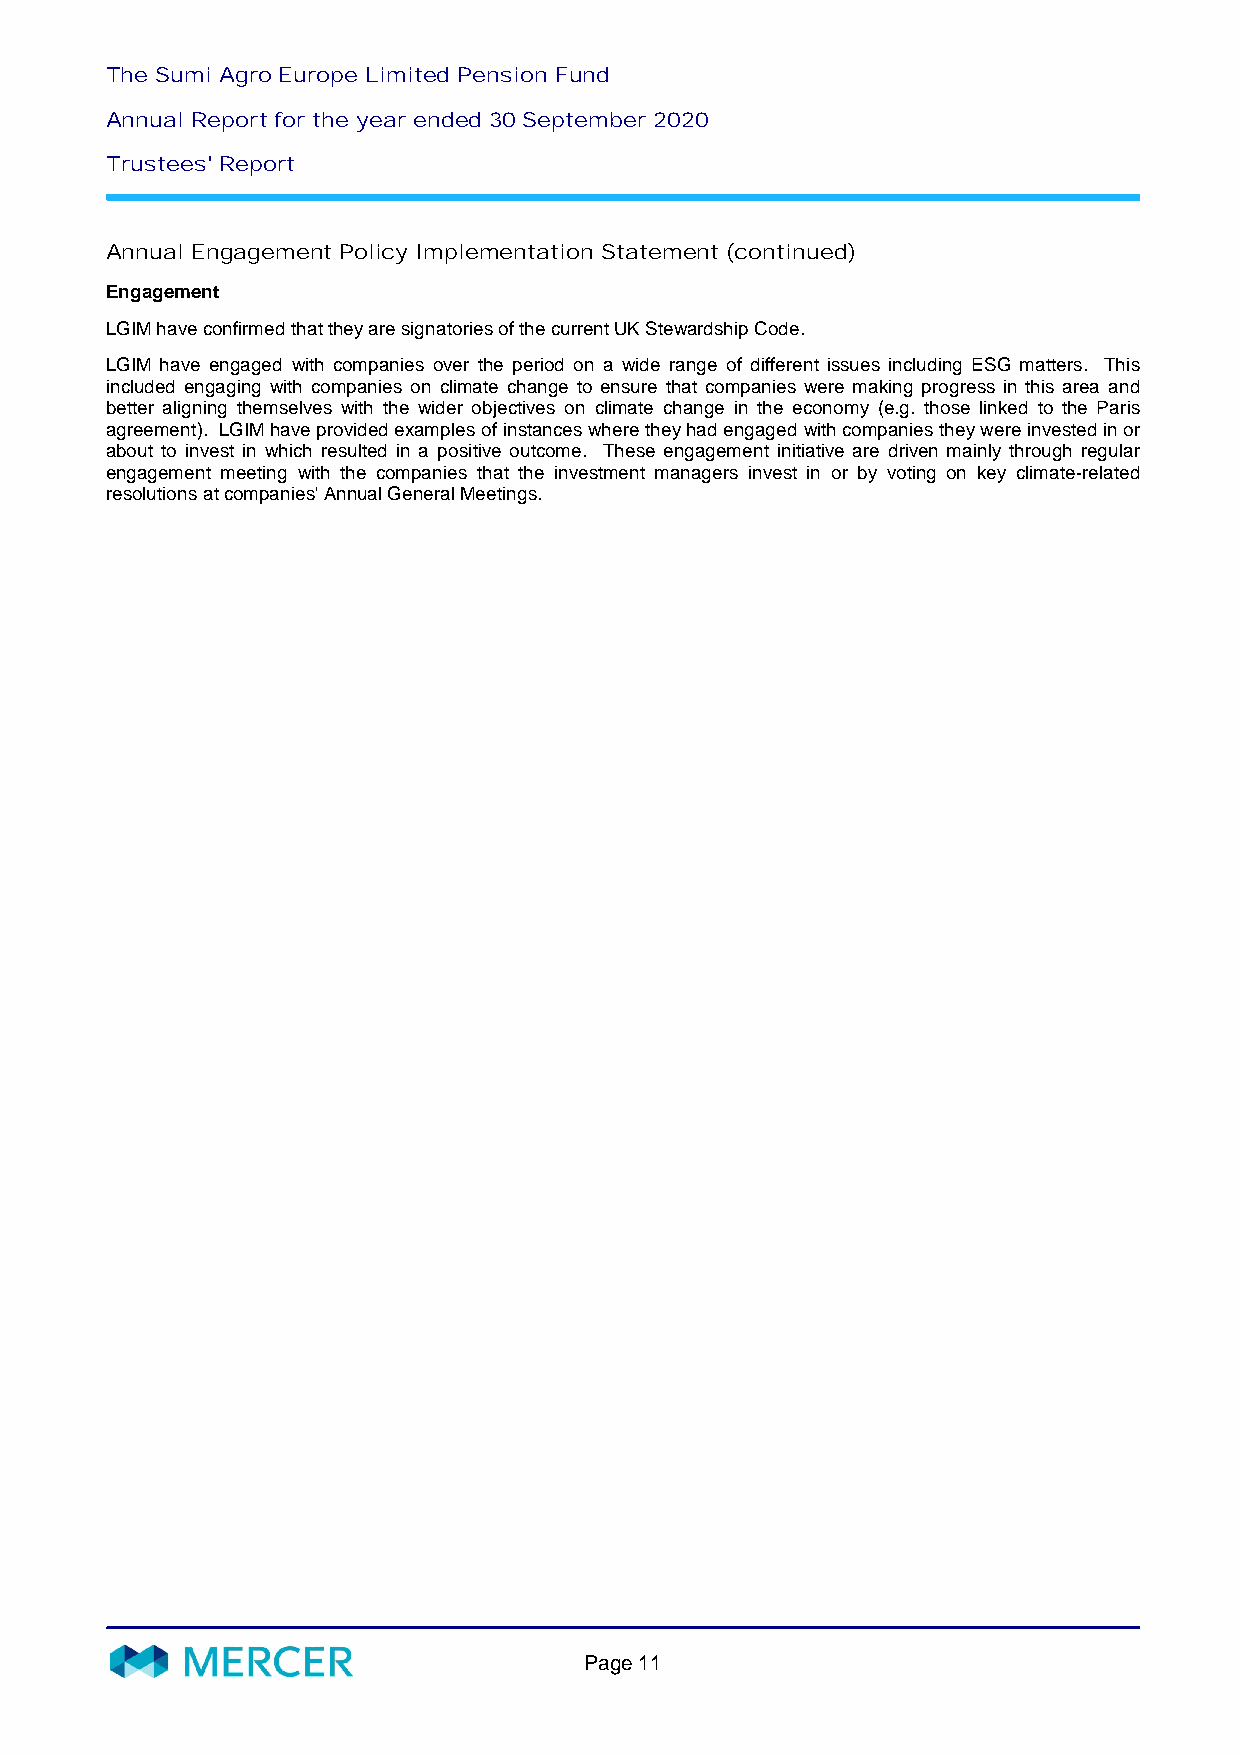
The Sumi Agro Europe Limited Pension Fund
 Annual Report for the year ended 30 September 2020
 Trustees' Report
 Annual Engagement Policy Implementation Statement (continued)
 Engagement
 LGIM have confirmed that they are signatories of the current UK Stewardship Code.
 LGIM have engaged with companies over the period on a wide range of different issues including ESG matters. This
 included engaging with companies on climate change to ensure that companies were making progress in this area and
 better aligning themselves with the wider objectives on climate change in the economy (e.g. those linked to the Paris
 agreement). LGIM have provided examples of instances where they had engaged with companies they were invested in or
 about to invest in which resulted in a positive outcome. These engagement initiative are driven mainly through regular
 engagement meeting with the companies that the investment managers invest in or by voting on key climate-related
 resolutions at companies' Annual General Meetings.
 Page11